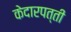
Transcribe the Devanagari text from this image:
केदारपत्ती